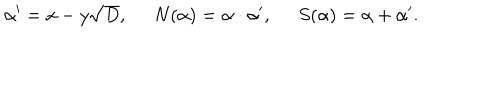
LaTeX: \alpha ^ { \prime } = x - y \sqrt { D } , \; \; N ( \alpha ) = \alpha \cdot \alpha ^ { \prime } , \; \; S ( \alpha ) = \alpha + \alpha ^ { \prime } .